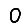
Digit: 0